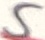
Text: 5